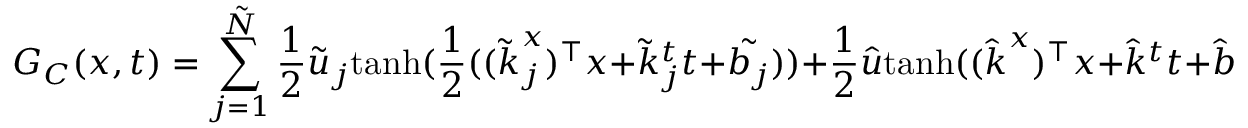
G _ { C } ( \boldsymbol { x } , t ) = \sum _ { j = 1 } ^ { \tilde { N } } \frac { 1 } { 2 } \tilde { u } _ { j } \mathrm { t a n h } ( \frac { 1 } { 2 } ( ( \boldsymbol { \tilde { k } } _ { j } ^ { x } ) ^ { \top } \boldsymbol { x } + \tilde { k } _ { j } ^ { t } t + \tilde { b _ { j } } ) ) + \frac { 1 } { 2 } \hat { u } \mathrm { t a n h } ( ( \boldsymbol { \hat { k } } ^ { x } ) ^ { \top } \boldsymbol { x } + \hat { k } ^ { t } t + \hat { b } )